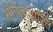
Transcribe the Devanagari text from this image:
संगीताधारित